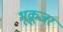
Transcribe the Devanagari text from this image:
भूक्रूजर